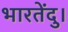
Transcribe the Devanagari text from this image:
भारतेंदु।